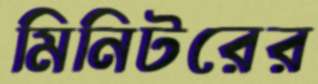
মিনিটরের